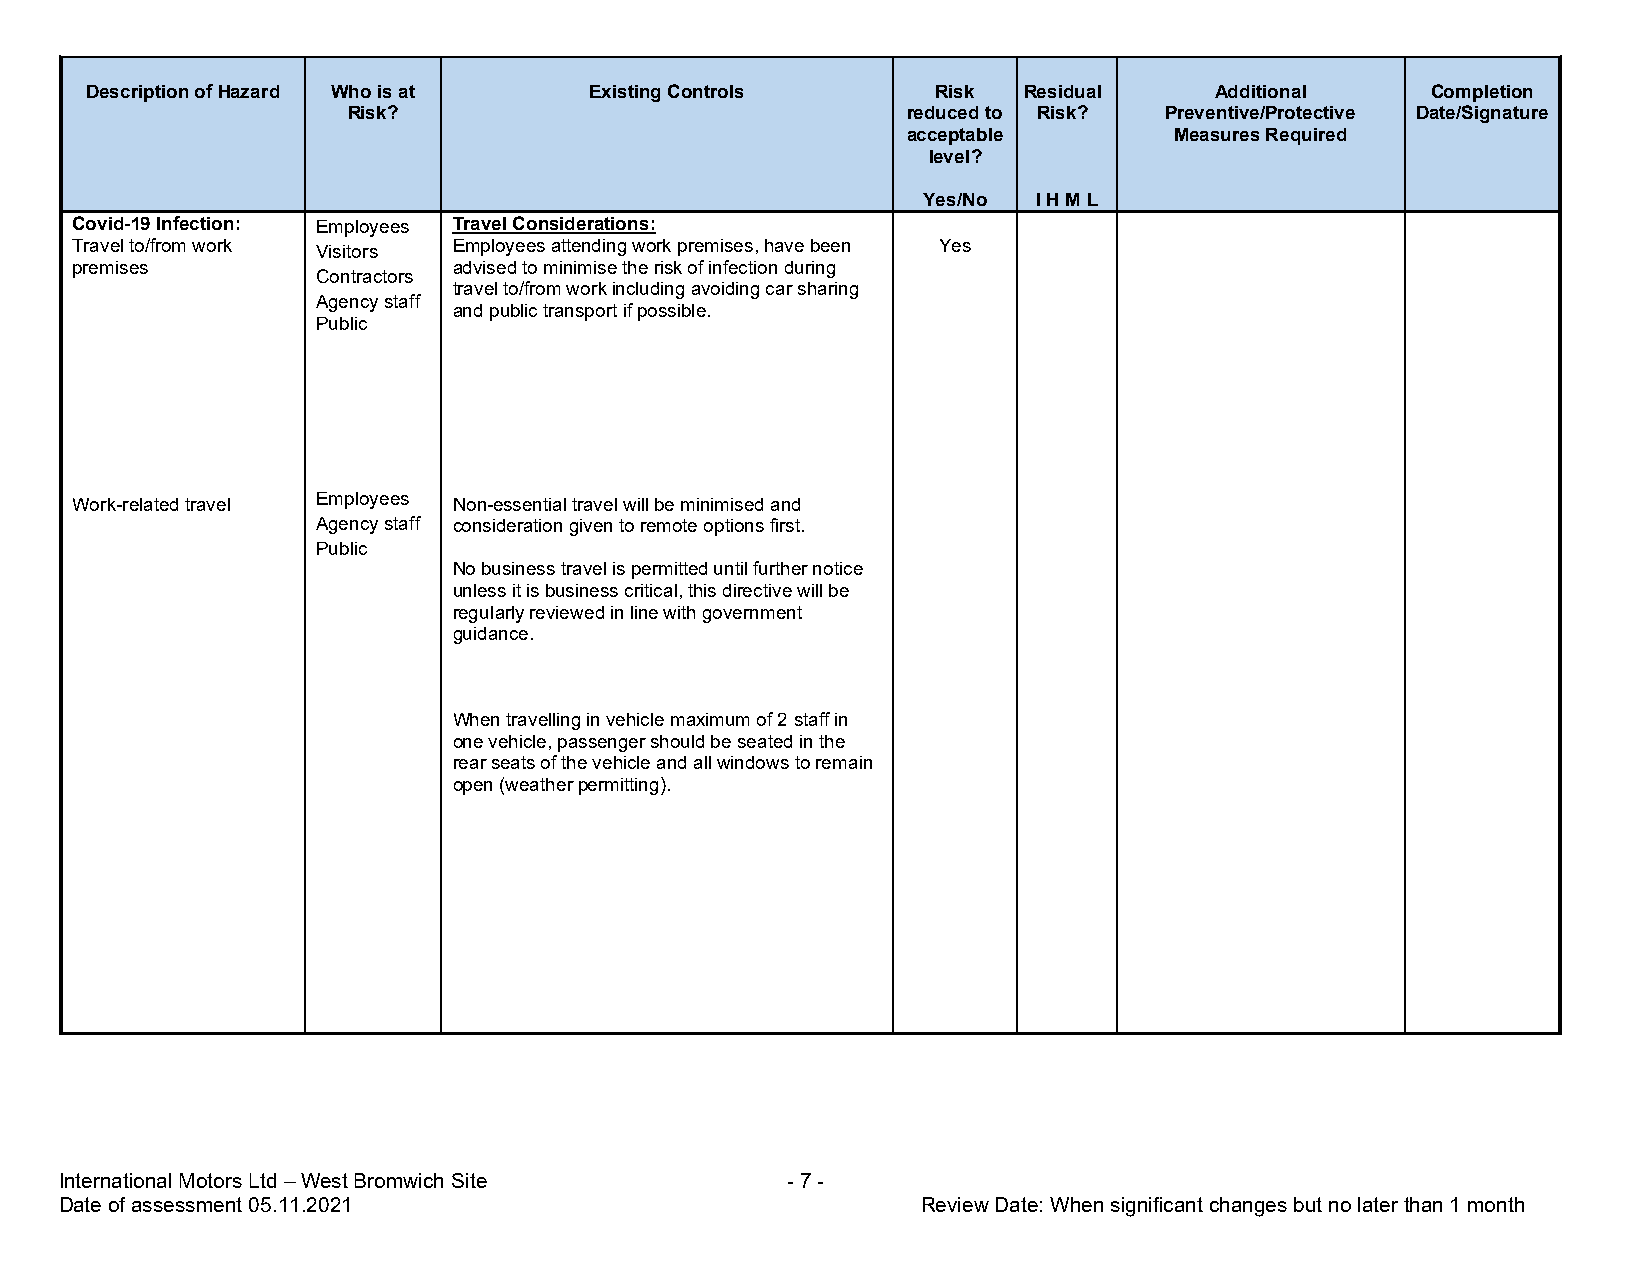
Description of Hazard Who is at  Existing Controls      Risk  Residual    Additional     Completion
 Risk?                                reduced to Risk? Preventive/Protective Date/Signature
 acceptable        Measures Required
 level?
 Yes/No  I H M L
 Covid-19 Infection: Employees Travel Considerations:
 Travel to/from work Visitors Employees attending work premises, have been Yes
 premises                 advised to minimise the risk of infection during
 Contractors
 travel to/from work including avoiding car sharing
 Agency staff
 and public transport if possible.
 Public
 Work-related travel Employees Non-essential travel will be minimised and
 Agency staff consideration given to remote options first.
 Public
 No business travel is permitted until further notice
 unless it is business critical, this directive will be
 regularly reviewed in line with government
 guidance.
 When travelling in vehicle maximum of 2 staff in
 one vehicle, passenger should be seated in the
 rear seats of the vehicle and all windows to remain
 open (weather permitting).
 International Motors Ltd – West Bromwich Site   - 7 -
 Date of assessment 05.11.2021                            Review Date: When significant changes but no later than 1 month